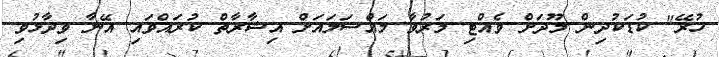
ހުރޭ" ކުޑަކުދިން މޫދަށް ވެއްޓި މަރުވާ މައްސަލައަށް އިޝާރާތް ކުރައްވައި އޭނާ ވިދާޅުވި